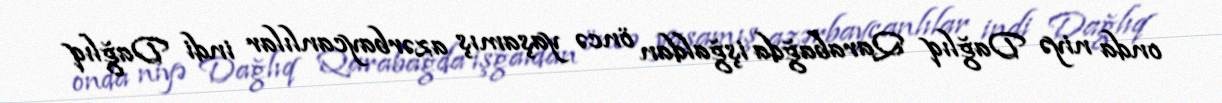
onda niyə Dağlıq Qarabağda işğaldan öncə yaşamış azərbaycanlılar indi Dağlıq